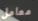
معامل